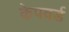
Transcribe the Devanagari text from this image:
केपवर्ड